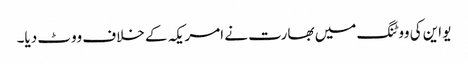
یو این کی ووٹنگ میں بھارت نے امریکہ کے خلاف ووٹ دیا۔